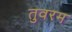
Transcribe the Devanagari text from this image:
तुवरम